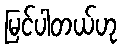
မြင်ပါတယ်ဟု